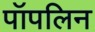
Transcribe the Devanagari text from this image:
पॉपलिन